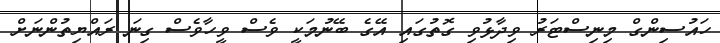
ހައުސިންގް މިނިސްޓަރު ވިދާޅުވި ގޮތުގައި އޭގެ ބޭނުމަކީ ވެސް ވީހާވެސް ގިނަ ރައްޔިތުންނަށް